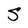
Character: S